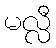
မလ္လီ